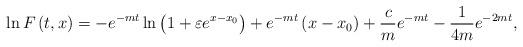
LaTeX: \begin{align*}\ln F\left( t,x\right) =-e^{-mt}\ln \left( 1+\varepsilon e^{x-x_{0}}\right)+e^{-mt}\left( x-x_{0}\right) +\frac{c}{m}e^{-mt}-\frac{1}{4m}e^{-2mt},\end{align*}